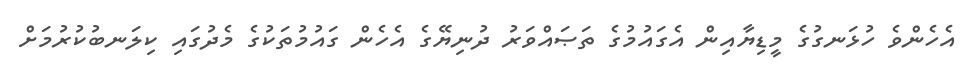
އެހެންވެ ހުޅަނގުގެ މީޑިޔާއިން އެގައުމުގެ ތަޞައްވަރު ދުނިޔޭގެ އެހެން ގައުމުތަކުގެ މެދުގައި ކިލަނބުކުރުމަށް